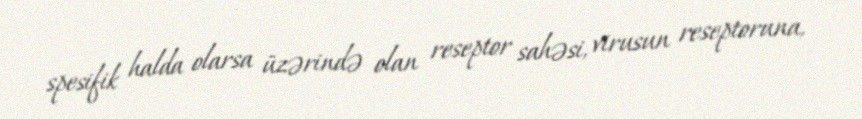
spesifik halda olarsa üzərində olan reseptor sahəsi, virusun reseptoruna,